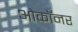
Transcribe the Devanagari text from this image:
ओकॉनर